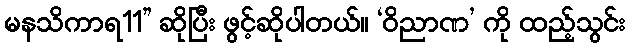
မနသိကာရ11” ဆိုပြီး ဖွင့်ဆိုပါတယ်။ ‘ဝိညာဏ’ ကို ထည့်သွင်း